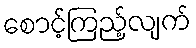
စောင့်ကြည့်လျက်